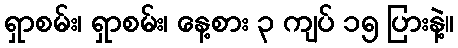
ရှာစမ်း၊ ရှာစမ်း၊ နေ့စား ၃ ကျပ် ၁၅ ပြားနဲ့။